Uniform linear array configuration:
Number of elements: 48
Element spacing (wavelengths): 0.75
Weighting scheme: uniform
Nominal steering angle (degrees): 60
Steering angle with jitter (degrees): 61.963
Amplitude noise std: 0.05
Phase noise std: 0.05

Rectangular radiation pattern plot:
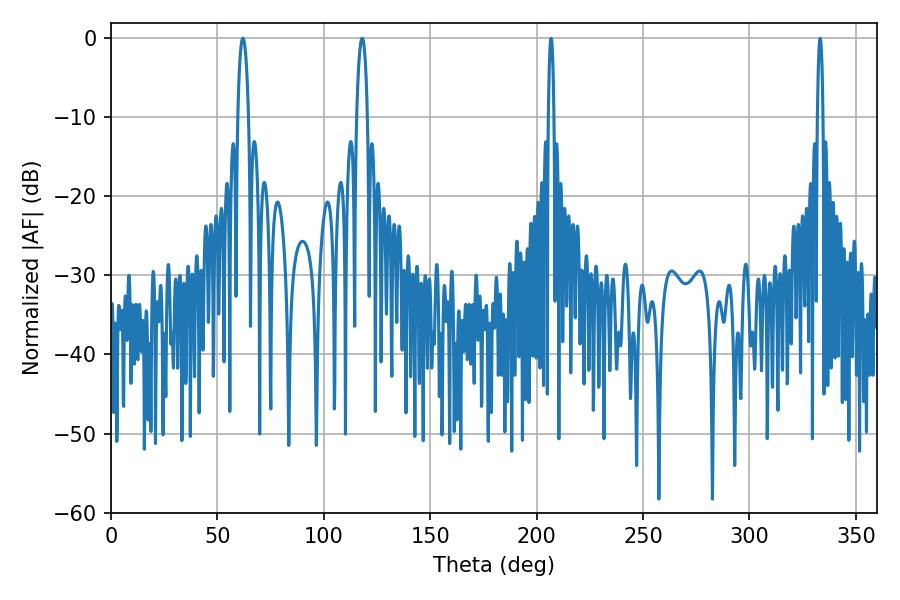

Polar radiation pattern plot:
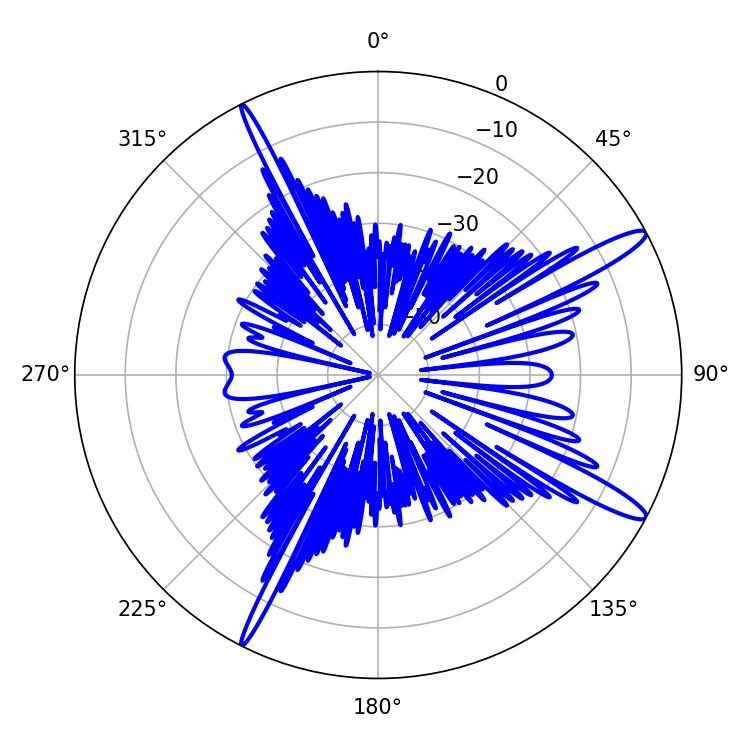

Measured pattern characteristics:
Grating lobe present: TRUE
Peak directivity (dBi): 14.216
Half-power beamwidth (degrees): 2.7
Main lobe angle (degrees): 61.92